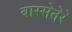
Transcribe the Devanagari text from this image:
बास्सेतेरे